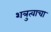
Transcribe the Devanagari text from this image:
शत्रुत्वाचा